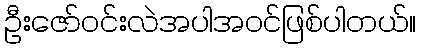
ဦးဇော်ဝင်းလဲအပါအဝင်ဖြစ်ပါတယ်။